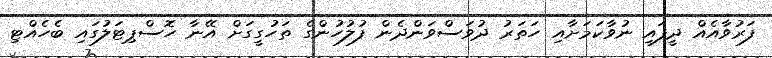
ފަރުވާއެއް ދީފައި ނުވާކަމަށާއި ހަތަރު ދުވަސްވަންދެން ފުލުހުންގެ ތަހުގީގަށް އޭނާ ހޮސްޕިޓަލުގައި ބެހެއްޓި